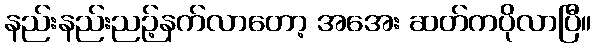
နည်းနည်းညဉ့်နက်လာတော့ အအေး ဆတ်ကပိုလာပြီ။